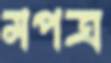
মপত্র